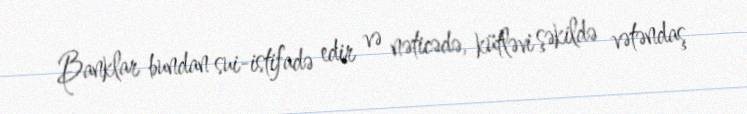
Banklar bundan sui-istifadə edir və nəticədə, kütləvi şəkildə vətəndaş